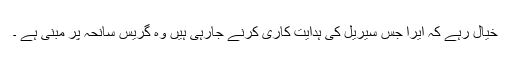
خیال رہے کہ ایرا جس سیریل کی ہدایت کاری کرنے جارہی ہیں وہ گریس سانحہ پر مبنی ہے ۔